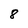
Character: 8